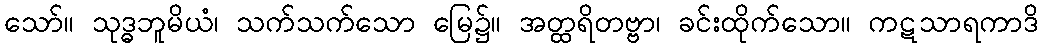
သော်။ သုဒ္ဓဘူမိယံ၊ သက်သက်သော မြေ၌။ အတ္ထရိတဗ္ဗာ၊ ခင်းထိုက်သော။ ကဋသာရကာဒိ